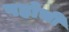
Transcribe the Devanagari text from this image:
पहोची